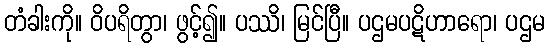
တံခါးကို။ ဝိပရိတွာ၊ ဖွင့်၍။ ပဿိ၊ မြင်ပြီ။ ပဌမပဋိဟာရော၊ ပဌမ